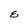
Character: E